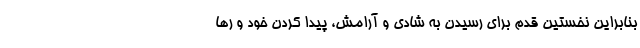
بنابراین نخستین قدم برای رسیدن به شادی و آرامش، پیدا کردن خود و رها